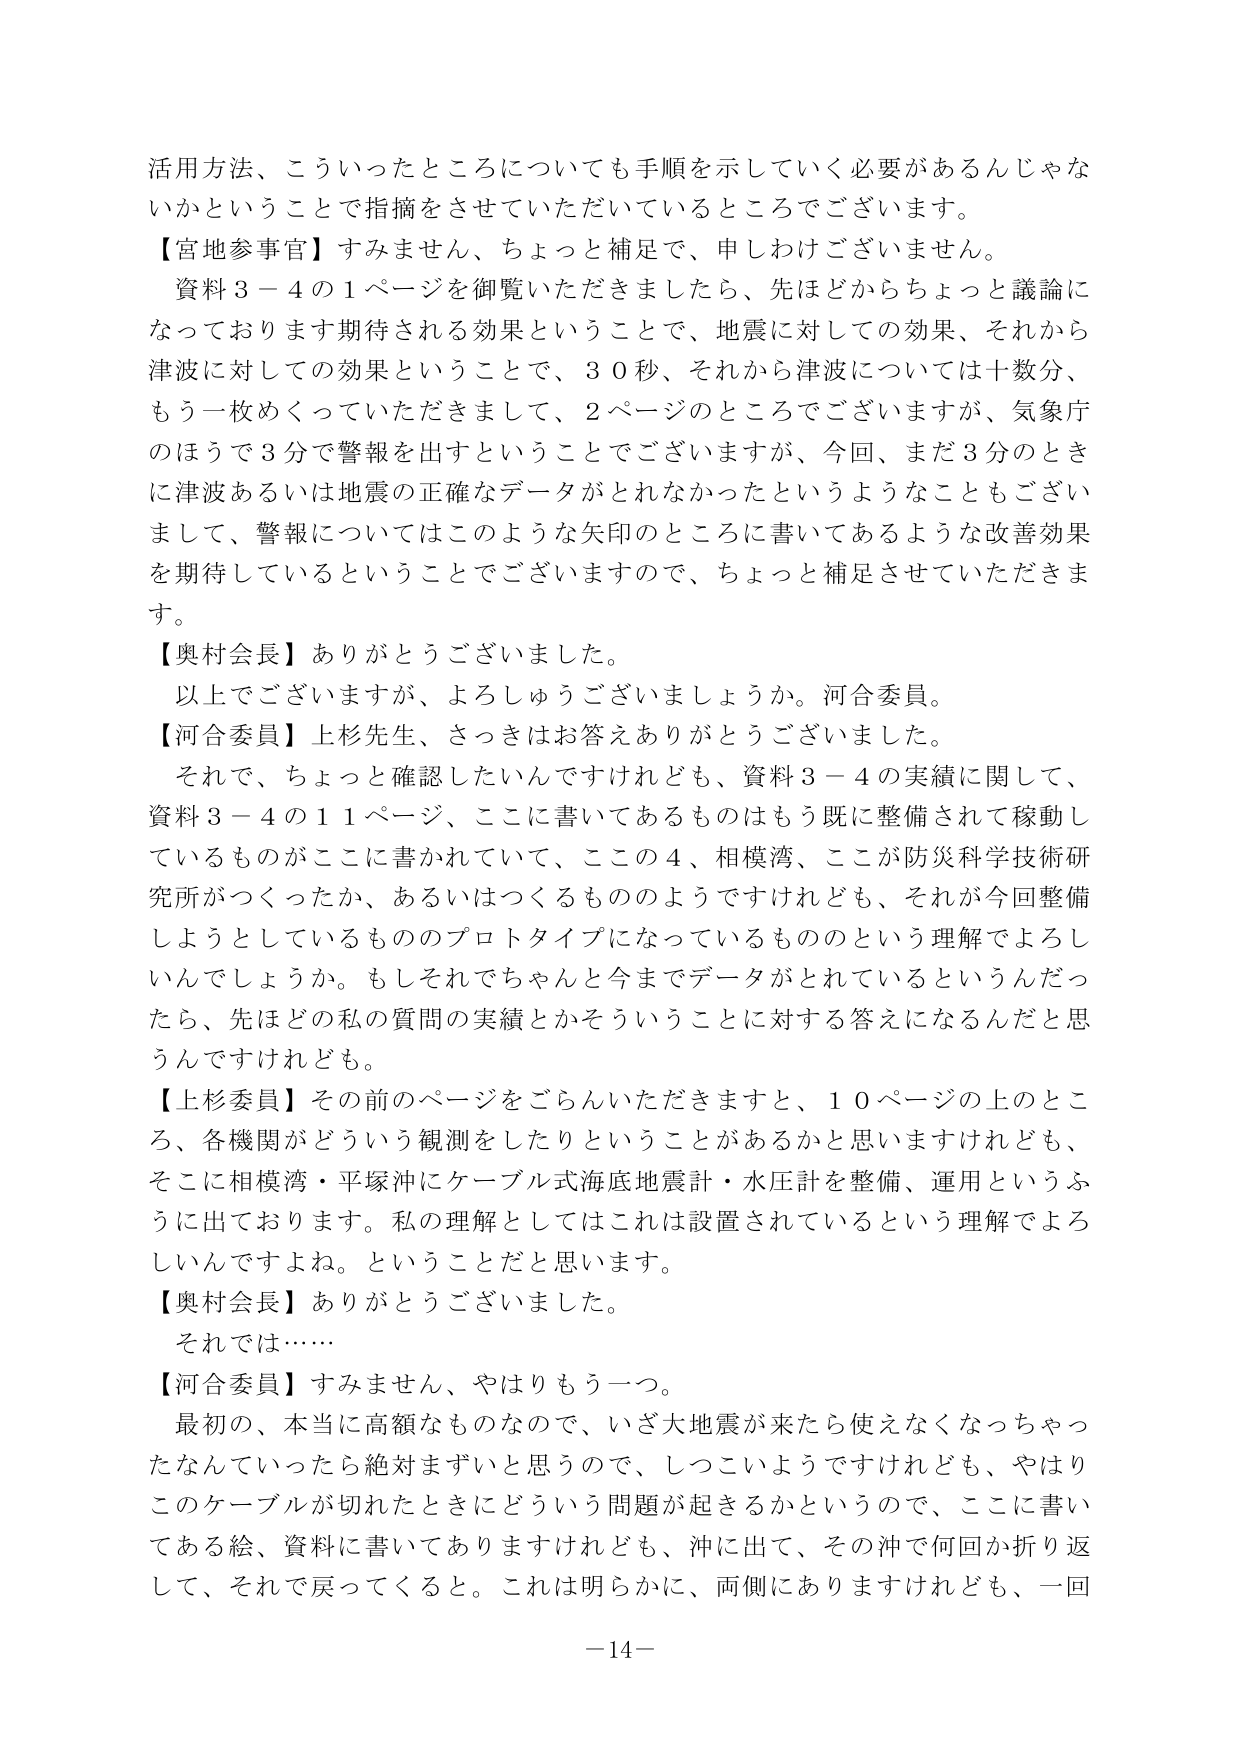
活用方法、こういったところについても手順を示していく必要があるんじゃな
いかということで指摘をさせていただいているところでございます。
【宮地参事官】すみません、ちょっと補足で、申しわけございません。
資料３－４の１ページを御覧いただきますと、先ほどからちょっと議論に
なっております期待される効果ということで、地震に対しての効果、それから
津波に対しての効果ということで、３０秒、それから津波については十数分、
もう一枚めくっていただきまして、２ページのところでございますが、気象庁
のほうで３分で警報を出すということでございますが、今回、まだ３分のとき
に津波あるいは地震の正確なデータがとれなかったというようなこともござい
まして、警報についてはこのような矢印のところに書いてあるような改善効果
を期待しているということでございますので、ちょっと補足させていただきま
す。
【奥村会長】ありがとうございました。
以上でございますが、よろしゅうございましょうか。河合委員。
【河合委員】上杉先生、さっきはお答えありがとうございました。
それで、ちょっと確認したいんですけれども、資料３－４の実績に関して、
資料３－４の１１ページ、ここに書いてあるものはもう既に整備されて稼動し
ているものがここに書かれていて、この４、相模湾、ここが防災科学技術研
究所がつくったか、あるいはつくるもののはずですけれども、それが今回整備
しようとしているもののプロトタイプになっているものという理解でよろし
いんでしょうか。もしそれでちゃんと今までデータがとれているというんだっ
たら、先ほどの私の質問の実績とかそういうことに対する答えになるんだと思
うんだけれども。
【上杉委員】その前のページをごらんいただきますと、１０ページの上のとこ
ろ、各機関がどういう観測をしたりということがあるかと思いますけれども、
そこに相模湾・平塚沖にケーブル式海底地震計・水圧計を整備、運用というふ
うに出ております。私の理解としてはこれは設置されているという理解でよろ
しいんですよね。ということだと思います。
【奥村会長】ありがとうございました。
それでは……
【河合委員】すみません、やはりもう一つ。
最初の、本当に高額なものなので、いざ大地震が来たら使えなくなっちゃっ
たなんていったら絶対まずいと思うので、しつこいようですけれども、やはり
このケーブルが切れたときにどういう問題が起きるかというので、ここに書い
てある絵、資料に書いてありますけれども、沖に出て、その沖で何回か折り返
して、それで戻ってくると。これは明らかに、両側にありますけれども、一回
－14－